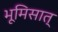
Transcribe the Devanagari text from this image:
भूमिसात्